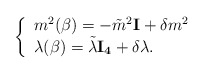
\begin{align*}\left\{\begin{array}{ll}m^{2}(\beta)=-\tilde{m}^{2}{\bf I}+\delta m^{2} \\\lambda(\beta)=\tilde{\lambda}{\bf I_{4}}+\delta \lambda.\end{array} \right.\end{align*}